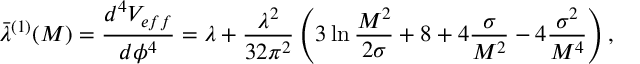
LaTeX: \bar { \lambda } ^ { ( 1 ) } ( M ) = \frac { d ^ { 4 } V _ { e f f } } { d \phi ^ { 4 } } = \lambda + \frac { \lambda ^ { 2 } } { 3 2 \pi ^ { 2 } } \left( 3 \ln \frac { M ^ { 2 } } { 2 \sigma } + 8 + 4 \frac \sigma { M ^ { 2 } } - 4 \frac { \sigma ^ { 2 } } { M ^ { 4 } } \right) ,